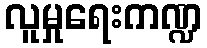
လူမှုရေးကဏ္ဍ